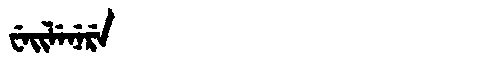
Manchu: ᠸᡝᡳᠯᡝᠨᡝᡵᡝ
Romanization: WEILENERE